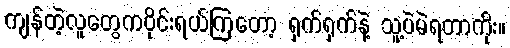
ကျန်တဲ့လူတွေကဝိုင်းရယ်ကြတော့ ရှက်ရှက်နဲ့ သူ့ပဲမဲရတာကိုး။